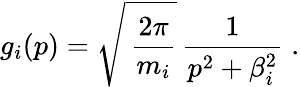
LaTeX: g_{i}(p)=\sqrt{\, \frac{2\pi}{m_{i}}}\, \frac{1}{p^{2}+\beta_{i}^{2}}\; .